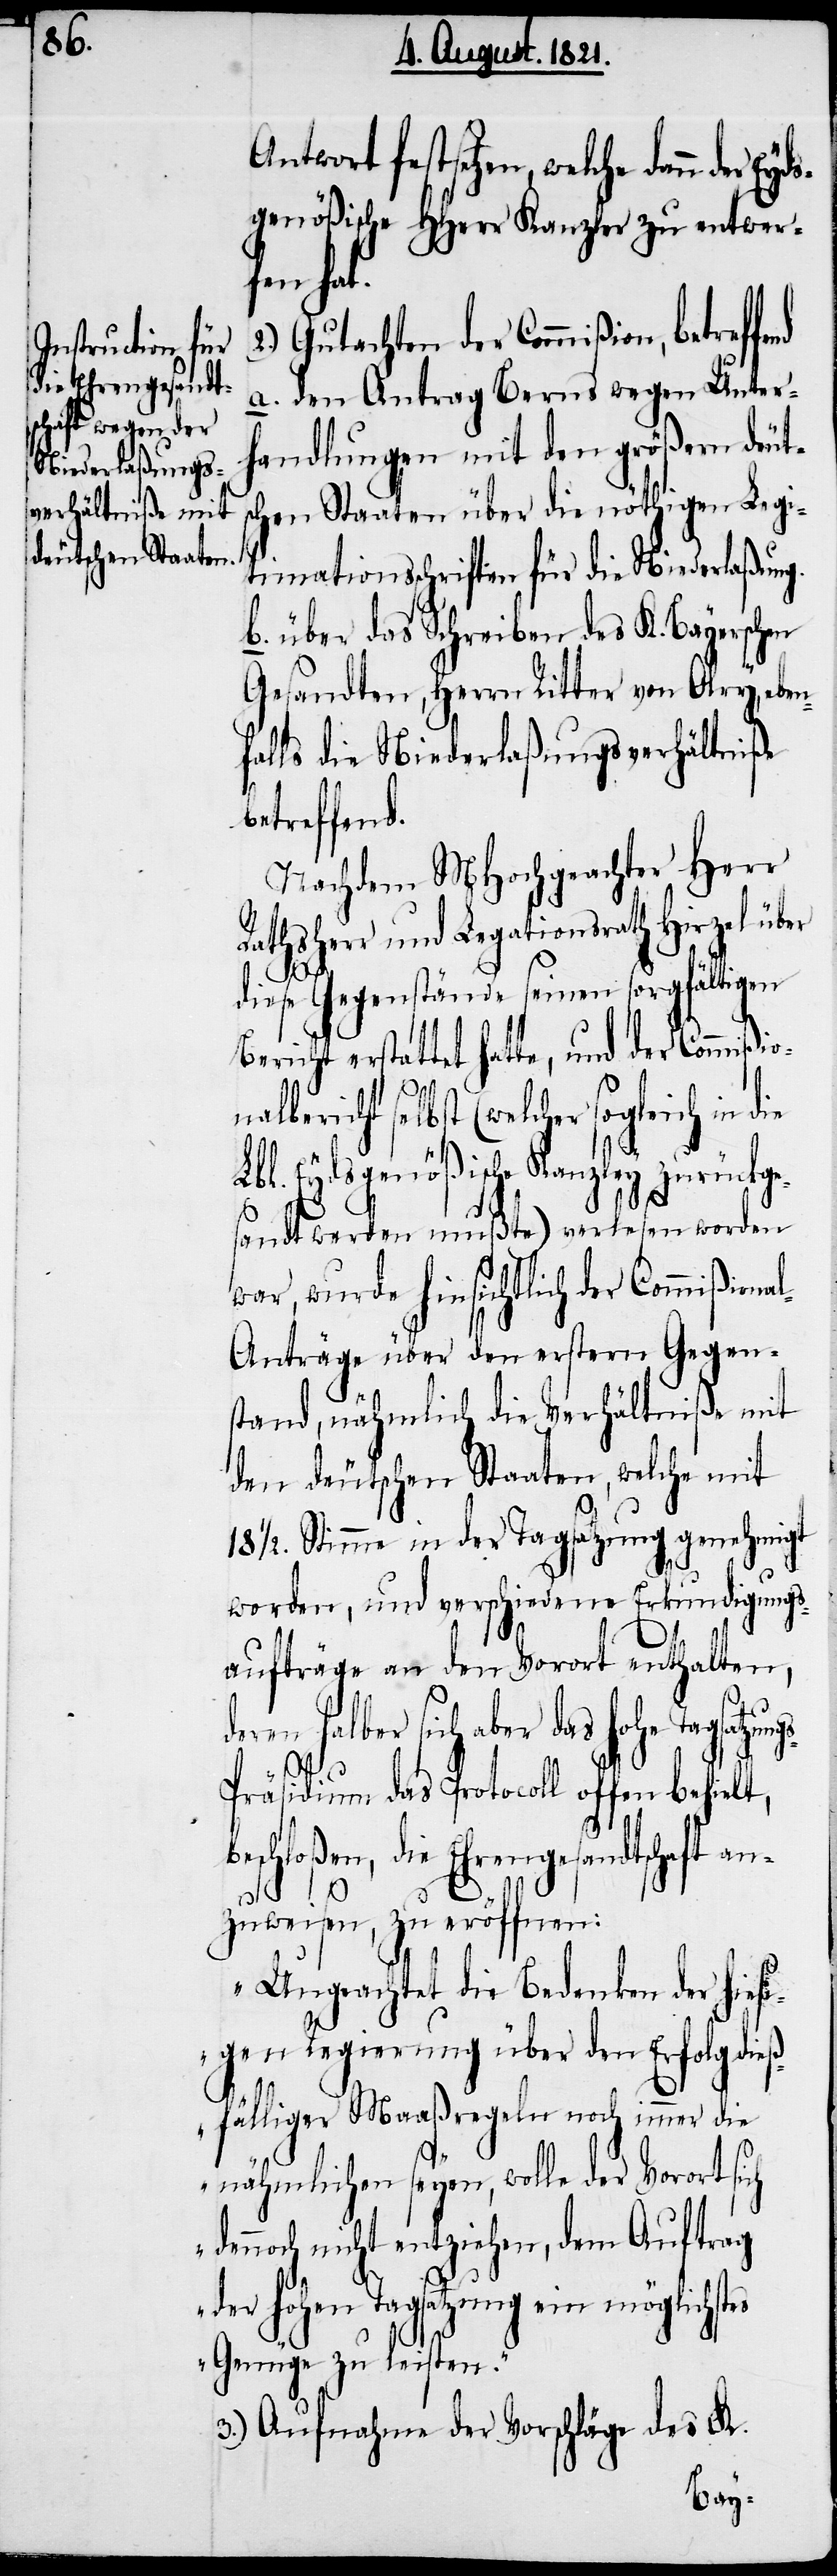
die Ehrengesandt¬

nähmlichen seyen, wolle der Vorort
genößische HHerr Kanzler zu entwer¬
fen hat.
a. den Antrag Berns wegen Unter¬
handlungen mit den größern deut¬
schen Staaten über die nöthigen Legi¬
timationsschriften für die Niederlaßung.
b. über das Schreiben der K. Bayerschen
Gesandten, Herrn Ritter von Olry, eben¬
falls die Niederlaßungsverhältniße
betreffend.
Nachdem MHochgeachter Herr
Rathsherr und Legationsrath Hirzel über
diese Gegenstände seinen sorgfältigen
Bericht erstattet hatte, und der Commißio¬
lbericht selbst (welcher sogleich in
Lbl. Eydsgenößische Kanzley zurückge¬
sandt werden mußte) verlesen worden
war, wurde hinsichtlich der Commißional¬
anträge über den erstern Gegens¬
tand, nähmlich die Verhältniße mit
den deutschen Staaten, welche mit
worden, und verschiedene Erkundigungs¬
aufträge an den Vorort enthalten,
es
deren selber sich aber das hohe Tagsatzung¬
räsidium das Protocoll offen behiel¬
zuweisen, zu eröffnen:
„Ungeachtet die Bedenken der hiesi¬
gen Regierung über den Erfolg dieß¬
fälliger Maaßregeln noch immer die
dennoch nicht entziehen, dem Auftrag
der hohen Tagsatzung ein möglichst¬
Genüge zu leisten.“
3.) Aufnahme der Vorschläge des K.